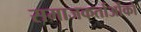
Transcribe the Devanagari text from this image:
समाजकर्ताओंको